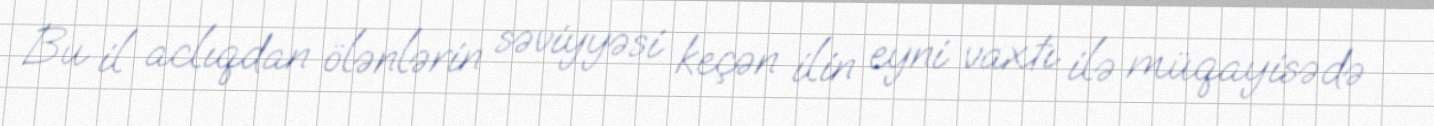
Bu il aclıqdan ölənlərin səviyyəsi keçən ilin eyni vaxtı ilə müqayisədə